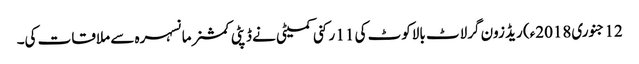
12 جنوری2018ء) ریڈ زون گرلاٹ بالاکوٹ کی 11 رکنی کمیٹی نے ڈپٹی کمشنر مانسہرہ سے ملاقات کی۔